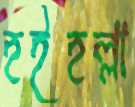
হইহল্লা